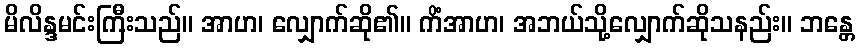
မိလိန္ဒမင်းကြီးသည်။ အာဟ၊ လျှောက်ဆို၏။ ကိံအာဟ၊ အဘယ်သို့လျှောက်ဆိုသနည်း။ ဘန္တေ